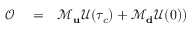
\begin{array} { r l r } { \mathcal { O } } & { { } = } & { \mathcal { M } _ { \bf u } \mathcal { U } ( \tau _ { c } ) + \mathcal { M } _ { \bf d } \mathcal { U } ( 0 ) ) } \end{array}